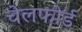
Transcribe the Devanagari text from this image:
चेलफोर्ड